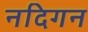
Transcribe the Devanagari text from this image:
नदिगन